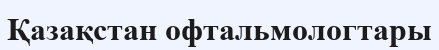
Қазақстан офтальмологтары